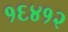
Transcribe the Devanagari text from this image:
१६४१२